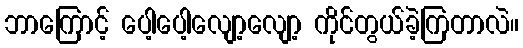
ဘာကြောင့် ပေါ့ပေါ့လျော့လျော့ ကိုင်တွယ်ခဲ့ကြတာလဲ။